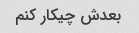
بعدش چیکار کنم